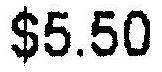
$5.50